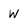
Character: w